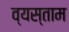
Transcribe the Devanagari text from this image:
व्यस्ताम